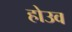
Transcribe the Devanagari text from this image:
होउव